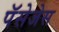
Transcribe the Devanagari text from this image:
पॅसेजेस